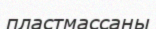
пластмассаны